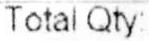
TOTAL QTY: